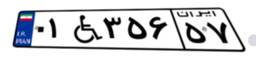
۸۶W۷۷۹۵۰